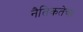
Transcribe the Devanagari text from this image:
नैतिकतेचा